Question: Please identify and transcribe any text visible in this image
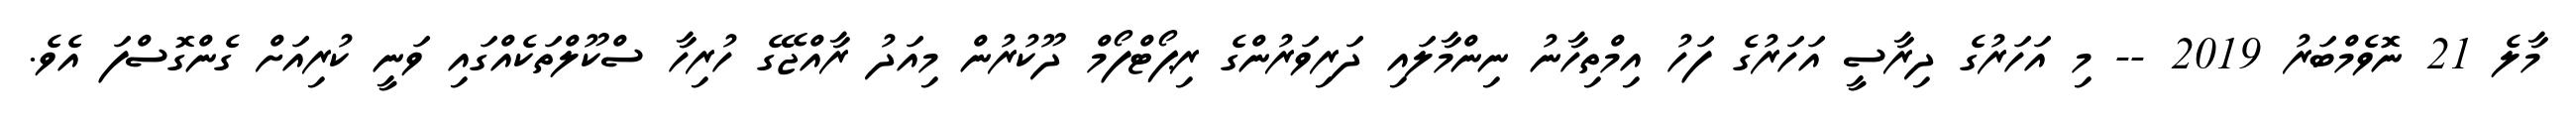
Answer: މާލެ 21 ނޮވެމްބަރު 2019 -- މި އަހަރުގެ ދިރާސީ އަހަރުގެ ފަހު އިމްތިހާނު ނިންމާލައި ދަރިވަރުންގެ ރިޕޯޓްފޯމް ދޫކުރުން މިއަދު ރާއްޖޭގެ ހުރިހާ ސްކޫލްތަކެއްގައި ވަނީ ކުރިއަށް ގެންގޮސްފަ އެވެ.